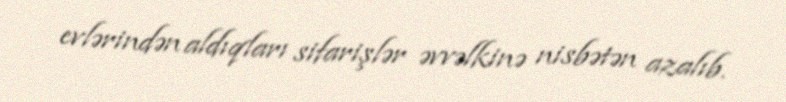
evlərindən aldıqları sifarişlər əvvəlkinə nisbətən azalıb.